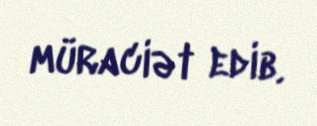
müraciət edib.